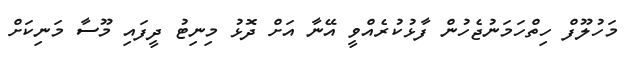
މަހުލޫފް ހިތްހަމަނުޖެހުން ފާޅުކުރެއްވީ އޭނާ އަށް ދޮޅު މިނިޓު ދީފައި މޫސާ މަނިކަށް